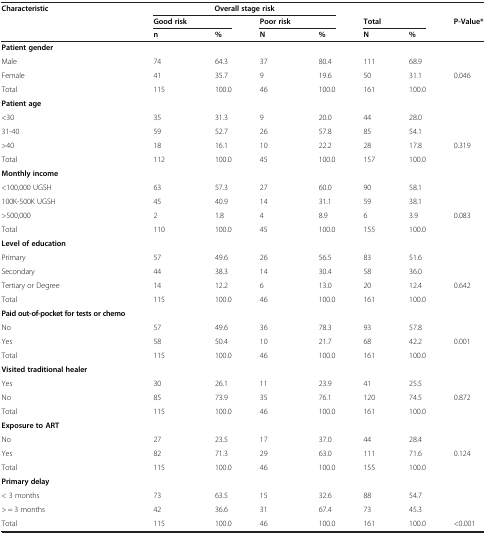
<table><thead><tr><td rowspan="3"><b>Characteristic</b></td><td colspan="4"><b>Overall stage risk</b></td><td><b> </b></td><td><b> </b></td><td><b> </b></td></tr><tr><td><b>Good risk</b></td><td><b> </b></td><td><b>Poor risk</b></td><td><b> </b></td><td><b>Total</b></td><td><b> </b></td><td><b>P-Value*</b></td></tr><tr><td><b>n</b></td><td><b>%</b></td><td><b>N</b></td><td><b>%</b></td><td><b>N</b></td><td><b>%</b></td><td><b> </b></td></tr></thead><tbody><tr><td><b>Patient gender</b></td><td> </td><td> </td><td> </td><td> </td><td> </td><td> </td><td> </td></tr><tr><td>Male</td><td>74</td><td>64.3</td><td>37</td><td>80.4</td><td>111</td><td>68.9</td><td> </td></tr><tr><td>Female</td><td>41</td><td>35.7</td><td>9</td><td>19.6</td><td>50</td><td>31.1</td><td>0.046</td></tr><tr><td>Total</td><td>115</td><td>100.0</td><td>46</td><td>100.0</td><td>161</td><td>100.0</td><td> </td></tr><tr><td><b>Patient age</b></td><td> </td><td> </td><td> </td><td> </td><td> </td><td> </td><td> </td></tr><tr><td>&lt;30</td><td>35</td><td>31.3</td><td>9</td><td>20.0</td><td>44</td><td>28.0</td><td> </td></tr><tr><td>31-40</td><td>59</td><td>52.7</td><td>26</td><td>57.8</td><td>85</td><td>54.1</td><td> </td></tr><tr><td>&gt;40</td><td>18</td><td>16.1</td><td>10</td><td>22.2</td><td>28</td><td>17.8</td><td>0.319</td></tr><tr><td>Total</td><td>112</td><td>100.0</td><td>45</td><td>100.0</td><td>157</td><td>100.0</td><td> </td></tr><tr><td><b>Monthly income</b></td><td> </td><td> </td><td> </td><td> </td><td> </td><td> </td><td> </td></tr><tr><td>&lt;100,000 UGSH</td><td>63</td><td>57.3</td><td>27</td><td>60.0</td><td>90</td><td>58.1</td><td> </td></tr><tr><td>100K-500K UGSH</td><td>45</td><td>40.9</td><td>14</td><td>31.1</td><td>59</td><td>38.1</td><td> </td></tr><tr><td>&gt;500,000</td><td>2</td><td>1.8</td><td>4</td><td>8.9</td><td>6</td><td>3.9</td><td>0.083</td></tr><tr><td>Total</td><td>110</td><td>100.0</td><td>45</td><td>100.0</td><td>155</td><td>100.0</td><td> </td></tr><tr><td><b>Level of education</b></td><td> </td><td> </td><td> </td><td> </td><td> </td><td> </td><td> </td></tr><tr><td>Primary</td><td>57</td><td>49.6</td><td>26</td><td>56.5</td><td>83</td><td>51.6</td><td> </td></tr><tr><td>Secondary</td><td>44</td><td>38.3</td><td>14</td><td>30.4</td><td>58</td><td>36.0</td><td> </td></tr><tr><td>Tertiary or Degree</td><td>14</td><td>12.2</td><td>6</td><td>13.0</td><td>20</td><td>12.4</td><td>0.642</td></tr><tr><td>Total</td><td>115</td><td>100.0</td><td>46</td><td>100.0</td><td>161</td><td>100.0</td><td> </td></tr><tr><td><b>Paid out-of-pocket for tests or chemo</b></td><td> </td><td> </td><td> </td><td> </td><td> </td><td> </td><td> </td></tr><tr><td>No</td><td>57</td><td>49.6</td><td>36</td><td>78.3</td><td>93</td><td>57.8</td><td> </td></tr><tr><td>Yes</td><td>58</td><td>50.4</td><td>10</td><td>21.7</td><td>68</td><td>42.2</td><td>0.001</td></tr><tr><td>Total</td><td>115</td><td>100.0</td><td>46</td><td>100.0</td><td>161</td><td>100.0</td><td> </td></tr><tr><td><b>Visited traditional healer</b></td><td> </td><td> </td><td> </td><td> </td><td> </td><td> </td><td> </td></tr><tr><td>Yes</td><td>30</td><td>26.1</td><td>11</td><td>23.9</td><td>41</td><td>25.5</td><td> </td></tr><tr><td>No</td><td>85</td><td>73.9</td><td>35</td><td>76.1</td><td>120</td><td>74.5</td><td>0.872</td></tr><tr><td>Total</td><td>115</td><td>100.0</td><td>46</td><td>100.0</td><td>161</td><td>100.0</td><td> </td></tr><tr><td><b>Exposure to ART</b></td><td> </td><td> </td><td> </td><td> </td><td> </td><td> </td><td> </td></tr><tr><td>No</td><td>27</td><td>23.5</td><td>17</td><td>37.0</td><td>44</td><td>28.4</td><td> </td></tr><tr><td>Yes</td><td>82</td><td>71.3</td><td>29</td><td>63.0</td><td>111</td><td>71.6</td><td>0.124</td></tr><tr><td>Total</td><td>115</td><td>100.0</td><td>46</td><td>100.0</td><td>155</td><td>100.0</td><td> </td></tr><tr><td><b>Primary delay</b></td><td> </td><td> </td><td> </td><td> </td><td> </td><td> </td><td> </td></tr><tr><td>&lt; 3 months</td><td>73</td><td>63.5</td><td>15</td><td>32.6</td><td>88</td><td>54.7</td><td> </td></tr><tr><td>&gt; = 3 months</td><td>42</td><td>36.6</td><td>31</td><td>67.4</td><td>73</td><td>45.3</td><td> </td></tr><tr><td>Total</td><td>115</td><td>100.0</td><td>46</td><td>100.0</td><td>161</td><td>100.0</td><td>&lt;0.001</td></tr></tbody></table>